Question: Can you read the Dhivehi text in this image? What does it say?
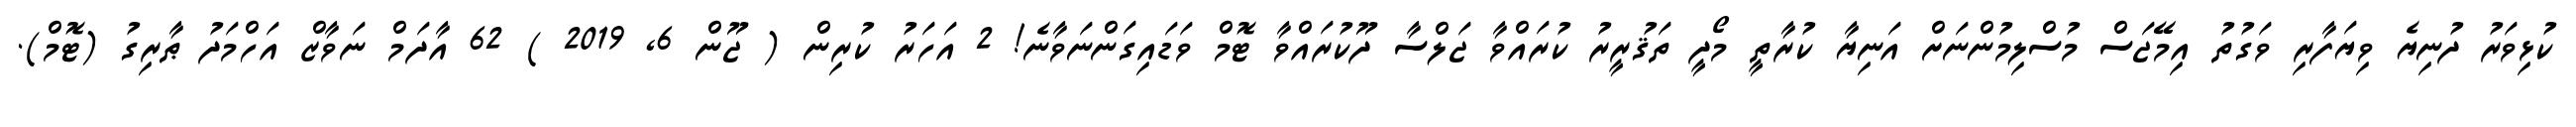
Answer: ކުޅިވަރު ދުނިޔެ ވިޔަފާރި ވަގުތު އިމޭޖަސް މުސްލިމުންނަށް އަނިޔާ ކުރާތީ މޯދީ ތަޤުރީރު ކުރައްވާ ޖަލްސާ ދޫކުރައްވާ ޓޮމް ވަޑައިގަންނަވާނެ! 2 އަހަރު ކުރިން ( ޖޫން 6, 2019 ) 62 އާދަމް ނަވާޒް އަހްމަދު ޠާރިގު (ޓޮމް).